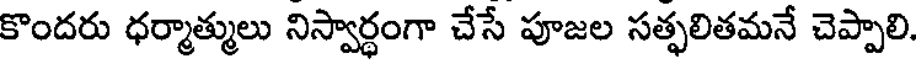
కొందరు ధర్మాత్ములు నిస్వార్థంగా చేసే పూజల సత్ఫలితమనే చెప్పాలి.